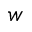
w